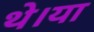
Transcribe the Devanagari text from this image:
थे।या